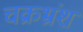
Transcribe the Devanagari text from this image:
चक्रभ्रंश